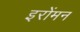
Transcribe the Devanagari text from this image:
इरोंमन